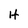
Character: H